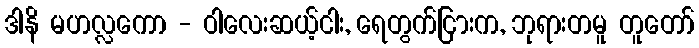
ဒါနိ မဟလ္လကော - ဝါလေးဆယ့်ငါး, ရေတွက်ငြားက, ဘုရားတမူ တူတော်